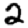
Digit: 2